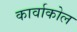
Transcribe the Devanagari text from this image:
कार्वाकोल